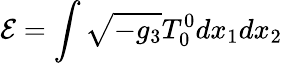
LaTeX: {\cal E}=\int\sqrt{-g_{3}}T_{0}^{0}dx_{1}dx_{2}